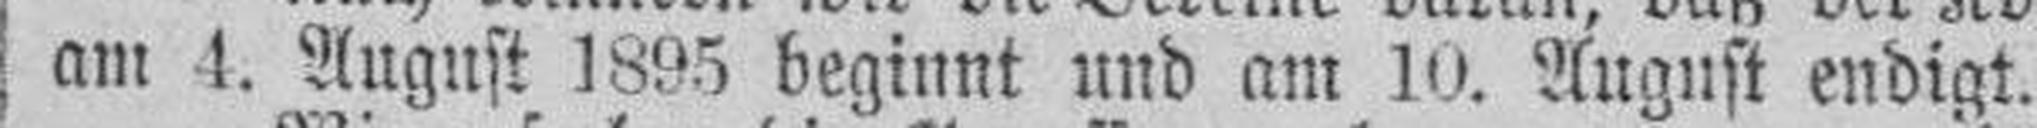
am 4. August 1895 beginnt und am 10. August endigt.